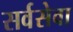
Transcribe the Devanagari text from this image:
सर्वसेवा